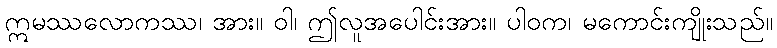
ဣမဿလောကဿ၊ အား။ ဝါ၊ ဤလူအပေါင်းအား။ ပါဝက၊ မကောင်းကျိုးသည်။